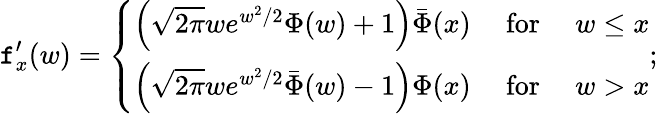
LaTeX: \mathtt{f}_{x}^{\prime}(w)=\left\{ \begin{array}{ll}{\left(\sqrt{2\pi}we^{w^{2}/2}\Phi(w)+1\right)\bar{\Phi}(x)}&{\mathrm{~for~}\quad w\leq x}\\ {\left(\sqrt{2\pi}we^{w^{2}/2}\bar{\Phi}(w)-1\right)\Phi(x)}&{\mathrm{~for~}\quad w>x}\end{array}\right.;